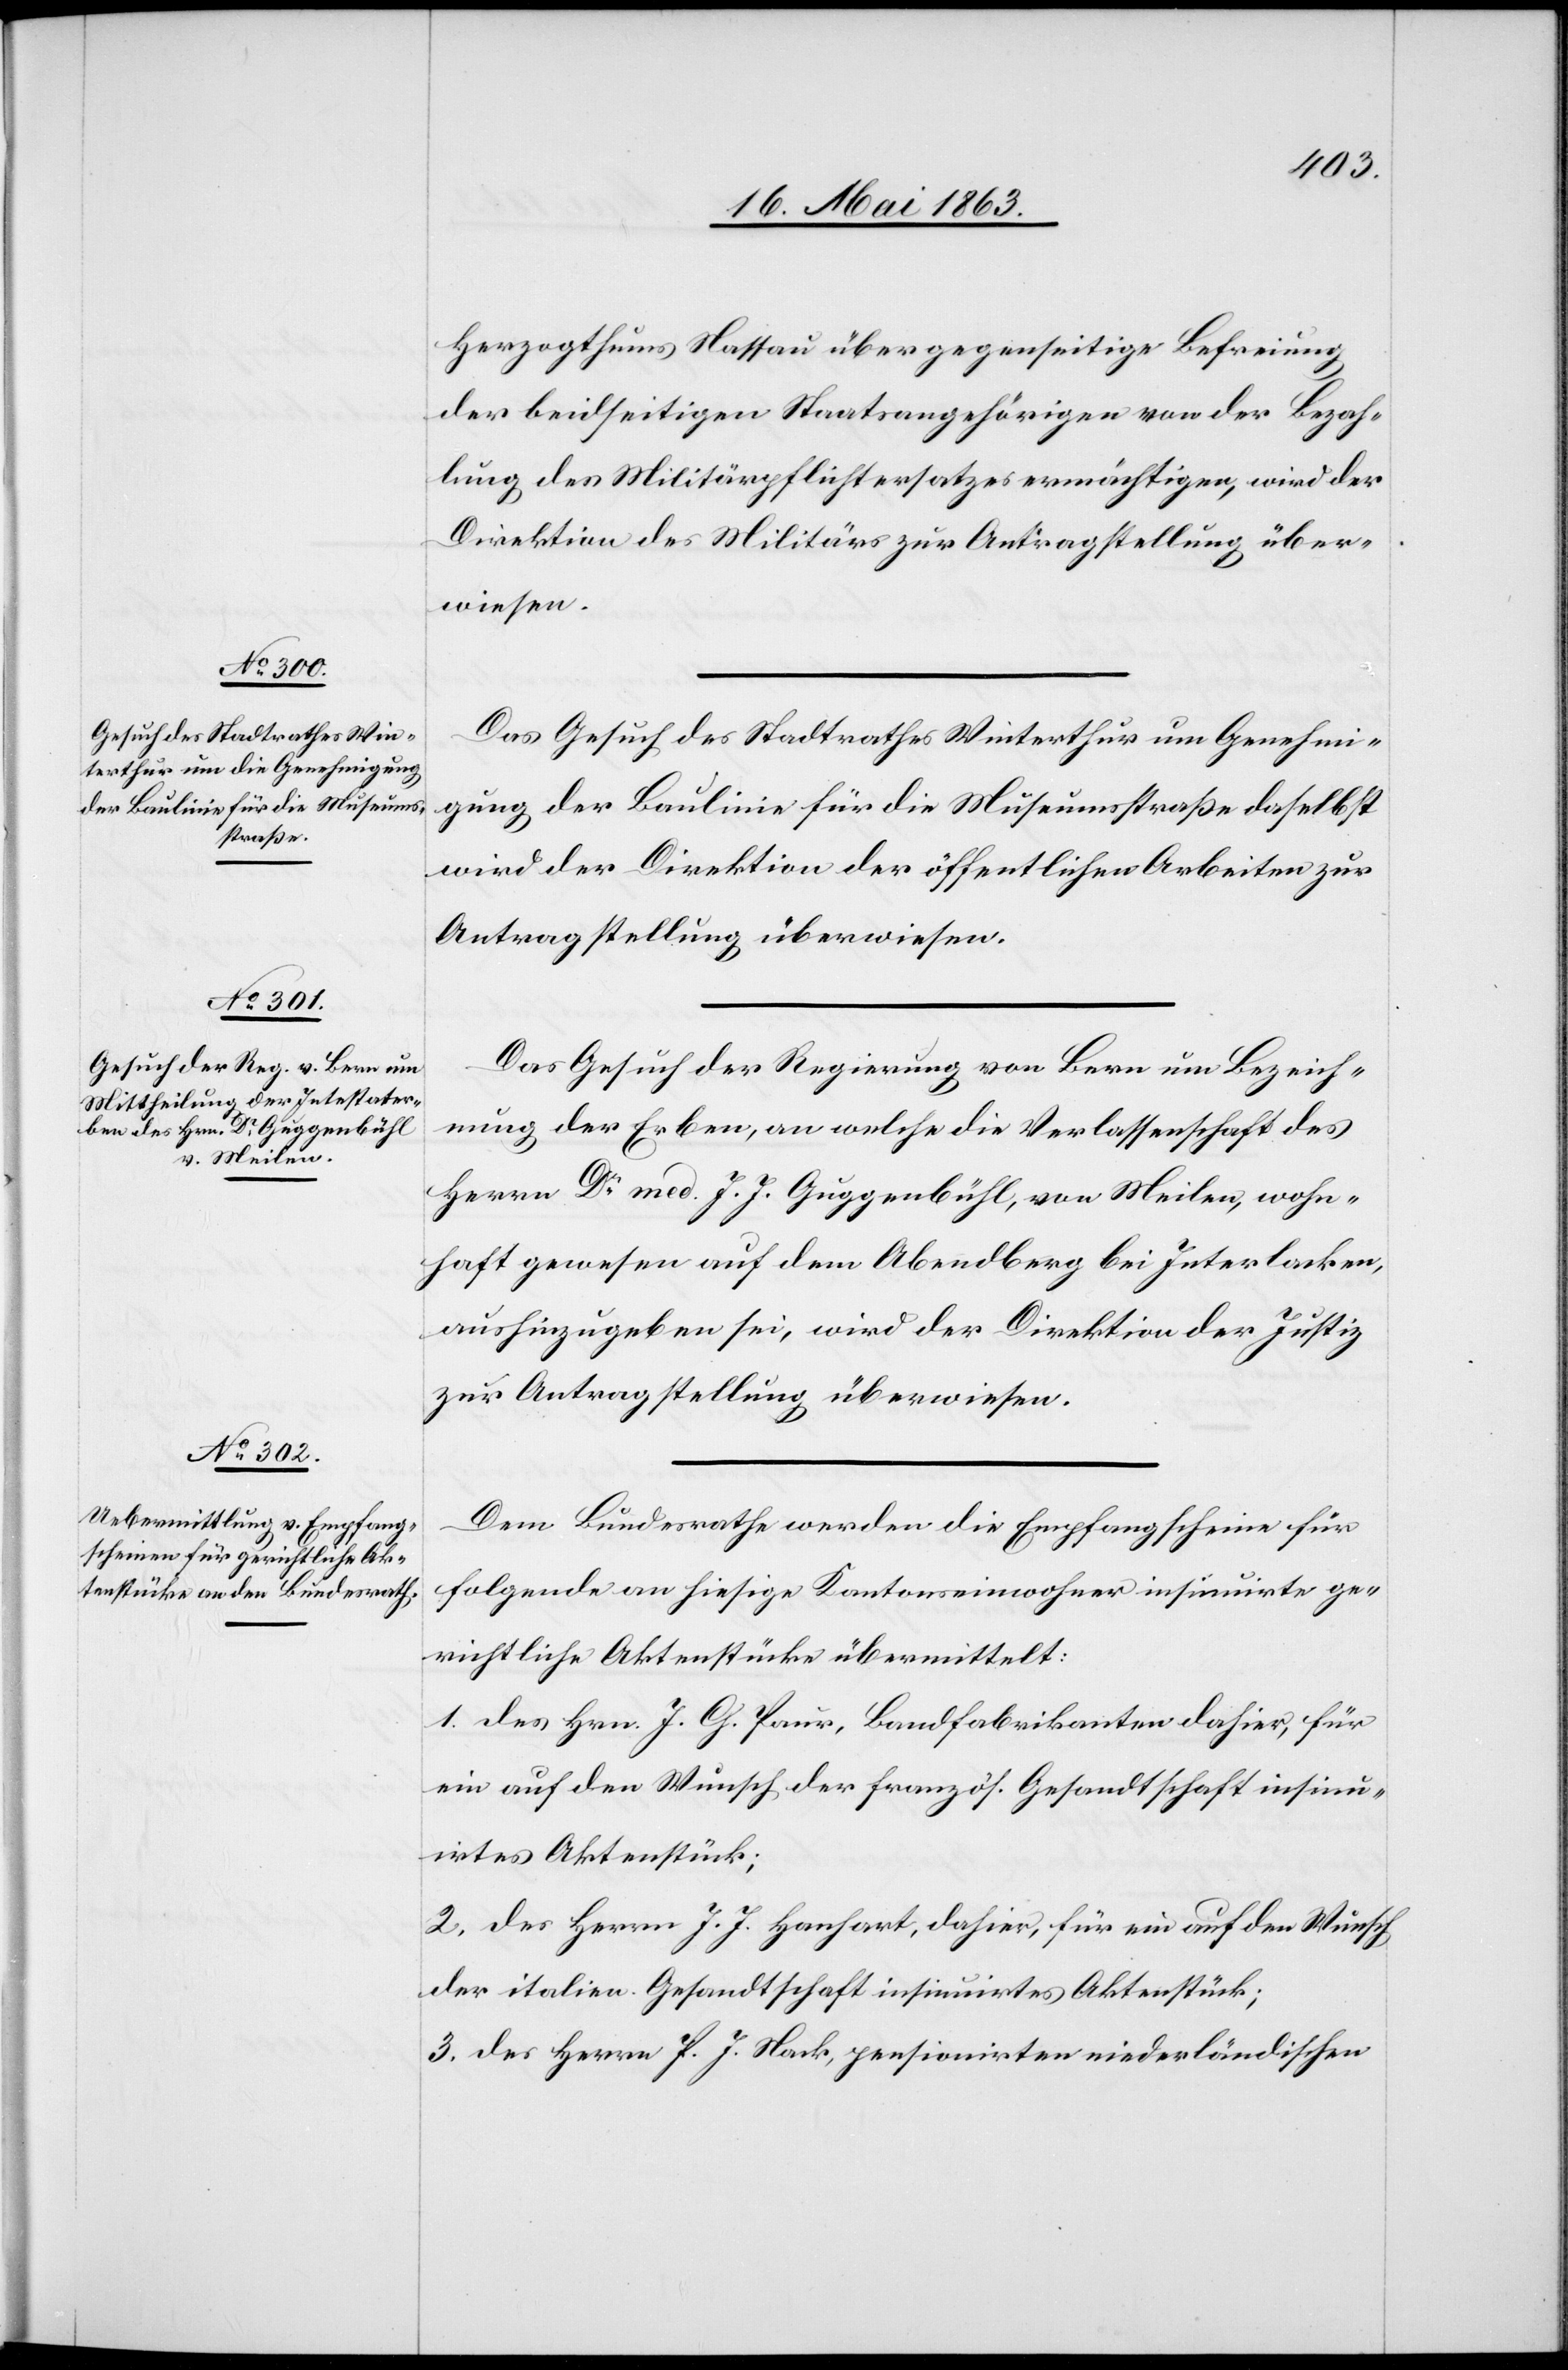
19. Mai 1863.]
Herzogthums Nassau über gegenseitige Befreiung
der beidseitigen Staatsangehörigen von der Bezah¬
lung des Militärpflichtersatzes ermächtigen, wird der
Direktion des Militärs zur Antragstellung über¬
wiesen.
Das Gesuch des Stadtrathes Winterthur um Genehmi¬
gung der Baulinie für die Museumsstraße daselbst
wird der Direktion der öffentlichen Arbeiten zur
Antragstellung überwiesen.
Das Gesuch der Regierung von Bern um Bezeich¬
nung der Erben, an welche die Verlassenschaft des
Herrn Dr med. J. J. Guggenbühl, von Meilen, wohn¬
haft gewesen auf dem Abendberg bei Interlaken,
aushinzugeben sei, wird der Direktion der Justiz
zur Antragstellung überwiesen.
Dem Bundesrathe werden die Empfangscheine für
folgende an hiesige Kantonseinwohner insinuirte ge¬
richtliche Aktenstücke übermittelt:
1. des Hrn. J. Ch. Paur, Bandfabrikanten dahier, für
ein auf den Wunsch der französ. Gesandtschaft insinu¬
irtes Aktenstück;
2. des Herrn J. J. Hanhart, dahier, für ein auf den Wunsch
der italien. Gesandtschaft insinuirtes Aktenstück;
3. des Herrn P. J. Nack, pensionirten niederländischen